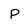
Character: p